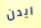
ايدن